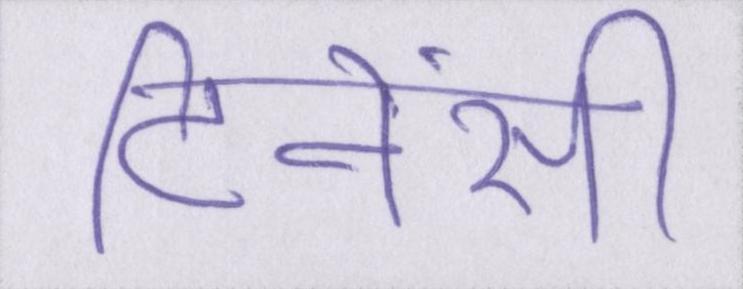
टिनेंसी